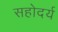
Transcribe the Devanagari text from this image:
सहोदर्य